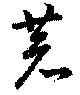
恭